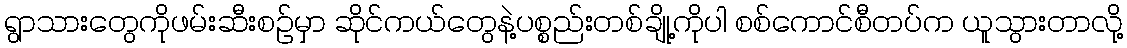
ရွာသားတွေကိုဖမ်းဆီးစဉ်မှာ ဆိုင်ကယ်တွေနဲ့ပစ္စည်းတစ်ချို့ကိုပါ စစ်ကောင်စီတပ်က ယူသွားတာလို့